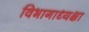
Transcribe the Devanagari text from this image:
विभागाध्यक्षा